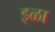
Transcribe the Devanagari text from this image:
इळा